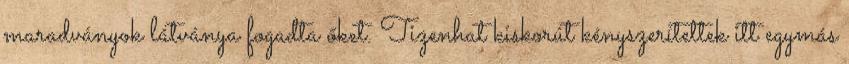
maradványok látványa fogadta őket. Tizenhat kiskorút kényszerítettek itt egymás